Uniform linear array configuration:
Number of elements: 64
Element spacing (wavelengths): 0.75
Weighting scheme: exponential
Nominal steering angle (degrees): -15
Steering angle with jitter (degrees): -16.751
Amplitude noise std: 0.05
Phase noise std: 0.05

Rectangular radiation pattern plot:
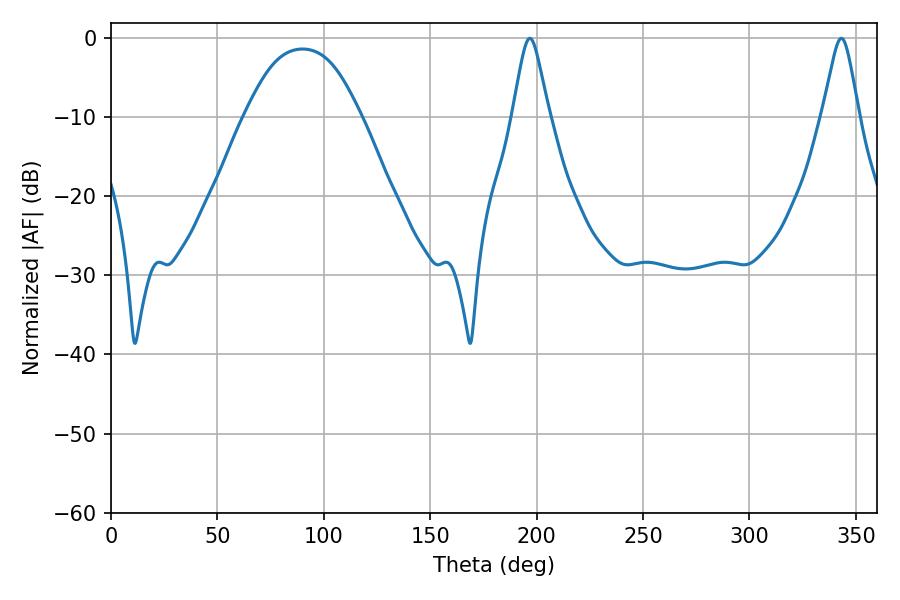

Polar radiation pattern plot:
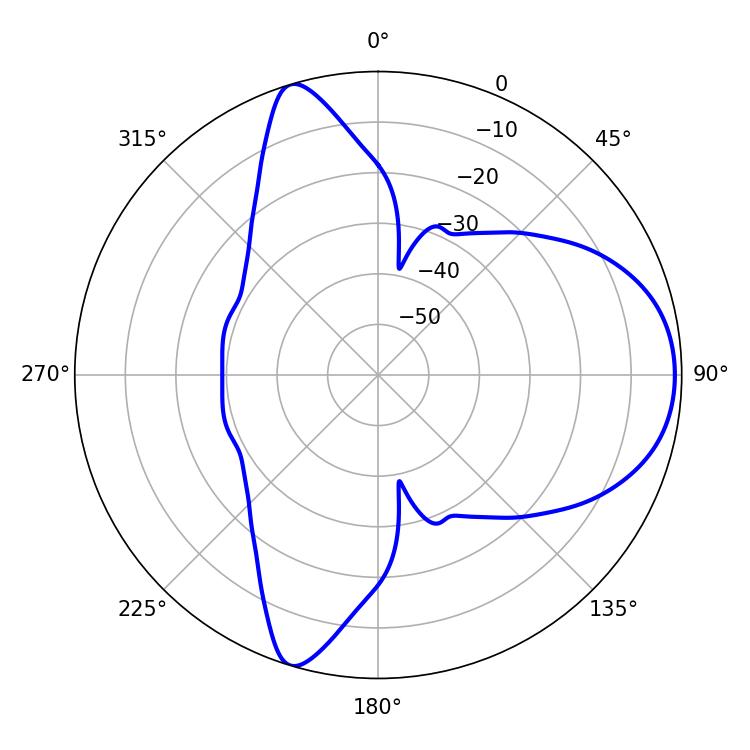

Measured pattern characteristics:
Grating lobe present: TRUE
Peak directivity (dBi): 7.641
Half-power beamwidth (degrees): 7.92
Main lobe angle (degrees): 196.74